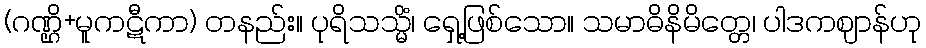
(ဂဏ္ဌိ+မူကဋီကာ) တနည်း။ ပုရိသသ္မိံ၊ ရှေ့ဖြစ်သော။ သမာဓိနိမိတ္တေ၊ ပါဒကဈာန်ဟု